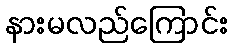
နားမလည်ကြောင်း